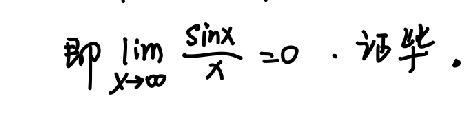
即 $\lim_{x \to \infty} \frac{\sin x}{x}=0$. 证毕.